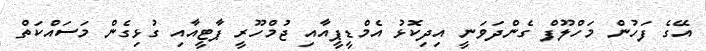
އޭގެ ފަހުން މަހްލޫފް ގެންދަވަނީ އިދިކޮޅު އެމްޑީޕީއާއި ޖުމްހޫރީ ޕާޓީއާއި ގުޅިގެން މަސައްކަތް